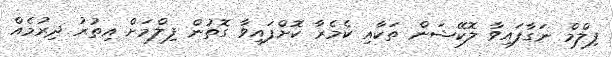
ފިލްމް ނަގާފައިވާ ލޮކޭޝަން ތަކާއި ކެމެރާ ކޮށްފައިވާ ގޮތުން ފިލްމަށް އިތުރު ދިރުމެއް